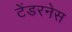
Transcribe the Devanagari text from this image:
टेंडरनेस